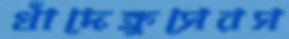
খাঁদেক্রুসেরস